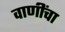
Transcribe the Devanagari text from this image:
वाणींचा